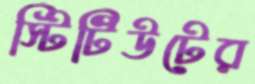
স্টিটিউটের